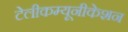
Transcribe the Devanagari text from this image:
टेलीकम्यूनीकेशन